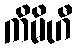
ကိမိဟီ